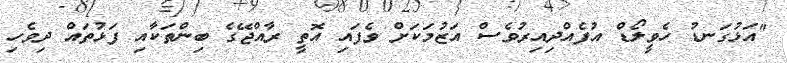
"އަޅުގަނޑު ހެވީލޯޑް އުފެއްދިއިރުވެސް އަޒުމަކަށް ވެފައި އޮތީ ރާއްޖޭގެ ބިންތަކާއި ފަޅުތައް ދިވެހި